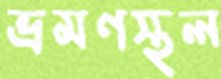
ভ্রমণস্থল